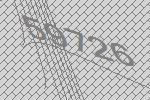
59726